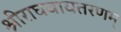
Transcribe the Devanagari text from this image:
श्रीराघवावतरणम्